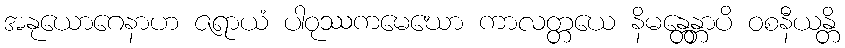
အနုယောဂေနာဟ ဇရာယံ ပါဝုဿကမေဃော ကာလတ္တယေ နိမန္တေန္တာပိ ဝစနီယန္တိ